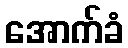
အောက်ခံ